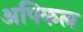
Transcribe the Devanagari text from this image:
अपिकल